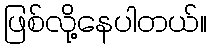
ဖြစ်လို့နေပါတယ်။